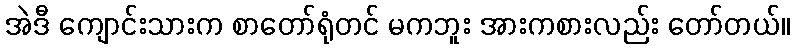
အဲဒီ ကျောင်းသားက စာတော်ရုံတင် မကဘူး အားကစားလည်း တော်တယ်။